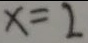
x = 2